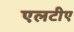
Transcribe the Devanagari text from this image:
एलटीए